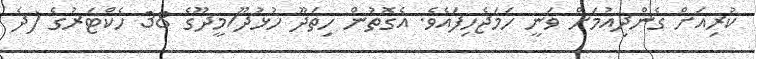
ކުރިއަށް ގެންދިއުމަށް ވަނީ ހަމަޖެހިފައެވެ. އެގޮތުން ހިތަދޫ ހުޅުދޫ/މީދޫގެ 38 ހެކްޓަރުގެ (ދެ